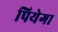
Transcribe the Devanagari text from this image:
पियेगा